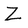
Character: Z